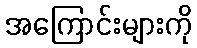
အကြောင်းများကို